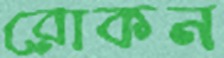
রোকন